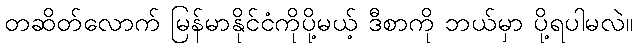
တဆိတ်လောက် မြန်မာနိုင်ငံကိုပို့မယ့် ဒီစာကို ဘယ်မှာ ပို့ရပါမလဲ။